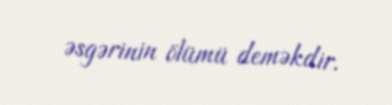
əsgərinin ölümü deməkdir.